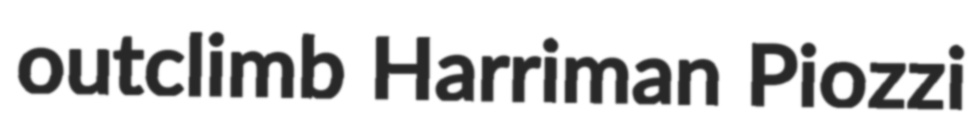
outclimb Harriman Piozzi